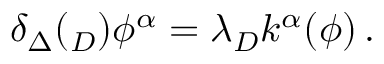
\delta _ { \Delta } ( \l _ { D } ) \phi ^ { \alpha } = \lambda _ { D } k ^ { \alpha } ( \phi ) \, .